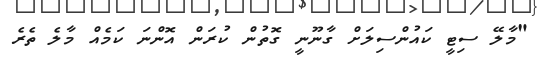
"މާލޭ ސިޓީ ކައުންސިލަށް ގާނޫނީ ގޮތުން ކުރަން އޮންނަ ކަމެއް މާލެ ތެރެ